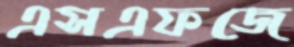
এসএফজে